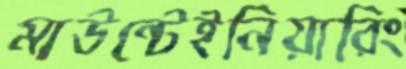
মাউন্টেইনিয়ারিং